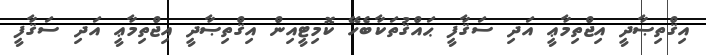
އިޤްތިޞާދީ އިޖްތިމާޢީ އަދި ސަޤާފީ ޙައްޤުތަކާބެހޭ ކޮމިޓީއިން އިޤްތިޞާދީ އިޖްތިމާޢީ އަދި ސަޤާފީ